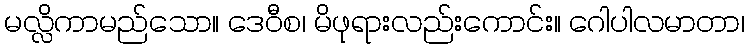
မလ္လိကာမည်သော။ ဒေဝီစ၊ မိဖုရားလည်းကောင်း။ ဂေါပါလမာတာ၊